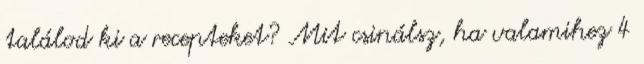
találod ki a recepteket? Mit csinálsz, ha valamihez 4